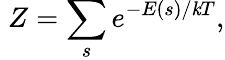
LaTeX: \; Z=\sum_{s}e^{-E(s)/\mathit{k}T},